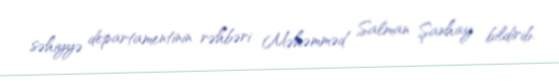
səhiyyə departamentinin rəhbəri Məhəmməd Salman Şanhay bildirib.